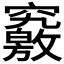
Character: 𥨶